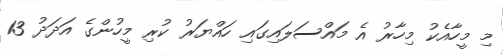
މި މީހާއެކު މިހާރު އެ މައްސަލައިގައި ހައްޔަރު ކުރި މީހުންގެ އަދަދު 13